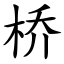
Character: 桥